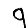
Digit: 9